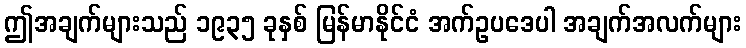
ဤအချက်များသည် ၁၉၃၅ ခုနှစ် မြန်မာနိုင်ငံ အက်ဥပဒေပါ အချက်အလက်များ